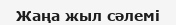
Жаңа жыл сәлемі